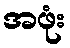
အဖုံး